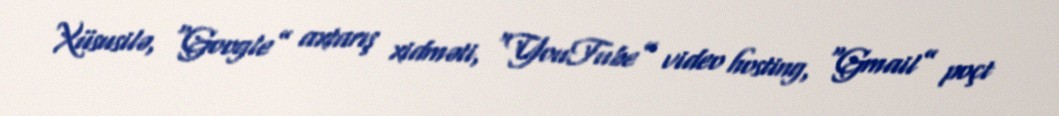
Xüsusilə, “Google” axtarış xidməti, “YouTube” video hosting, “Gmail” poçt